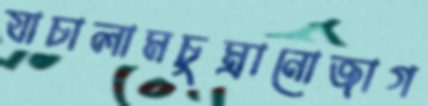
যাচালামচুম্‌রানোজাগ